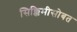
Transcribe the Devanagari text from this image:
सिक्किमीसोबत